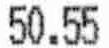
50.55